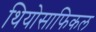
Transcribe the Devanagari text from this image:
थियोसाफिकल